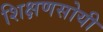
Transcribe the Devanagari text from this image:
शिक्षणसोयी